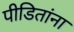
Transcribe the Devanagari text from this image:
पीडितांना